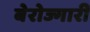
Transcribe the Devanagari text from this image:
बेरोज्गारी